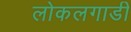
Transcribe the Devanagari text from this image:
लोकलगाडी